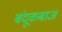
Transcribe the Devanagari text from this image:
बंदूकबाज